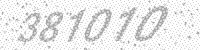
Solution: 381010